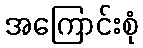
အကြောင်းစုံ